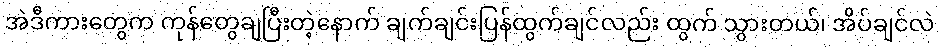
အဲဒီကားတွေက ကုန်တွေချပြီးတဲ့နောက် ချက်ချင်းပြန်ထွက်ချင်လည်း ထွက် သွားတယ်၊ အိပ်ချင်လဲ